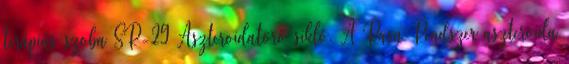
terápiás szoba SR-29 Aszteroidatörő sikló. A Rasa Rendszer aszteroida